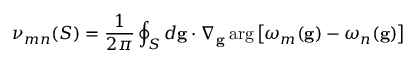
\nu _ { m n } ( S ) = \frac { 1 } { 2 \pi } \oint _ { S } d \mathbf { g } \cdot \nabla _ { \mathbf { g } } \arg \left[ \omega _ { m } ( \mathbf { g } ) - \omega _ { n } ( \mathbf { g } ) \right]